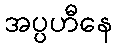
အပ္ပဟီနေ